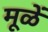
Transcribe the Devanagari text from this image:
मूळें